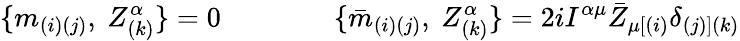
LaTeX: \{ m_{(i)(j)},\ Z_{(k)}^{\alpha}\} =0\qquad\qquad\{ {\bar{m}}_{(i)(j)},\ Z_{(k)}^{\alpha}\} =2iI^{\alpha\mu}{\bar{Z}}_{\mu[(i)}\delta_{(j)](k)}